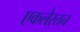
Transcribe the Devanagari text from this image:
एकलेस्तन